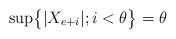
LaTeX: \begin{align*}\sup\bigr\{|X_{e+i}|;i<\theta\bigr\}=\theta\end{align*}